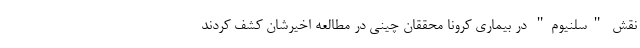
نقش "سلنیوم" در بیماری کرونا محققان چینی در مطالعه اخیرشان کشف کردند